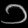
Digit: ၁